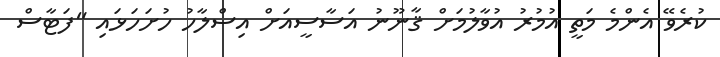
ކުރެވޭ އެންމެ މަތީ އުމުރު އުވާލުމަށް ޤާނޫނު އަސާސީއަށް އިސްލާހު ހުށަހަޅައި "ފަޓާސް